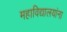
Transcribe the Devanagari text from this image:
महाविद्यालयांना